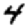
Digit: 4